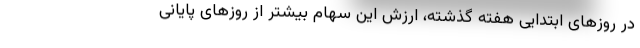
در روزهای ابتدایی هفته گذشته، ارزش این سهام بیشتر از روزهای پایانی